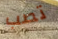
تصب